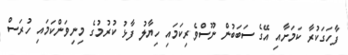
ފާހަގަކުރާ ކަމަށާއި އޭގެ ސަބަބުން ނޫސްވެރިކަމައި ހިޔާލު ފާޅު ކުރުމުގެ މިނިވަންކަމައި ހުރަސް